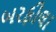
બરફીલા